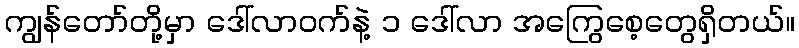
ကျွန်တော်တို့မှာ ဒေါ်လာဝက်နဲ့ ၁ ဒေါ်လာ အကြွေစေ့တွေရှိတယ်။